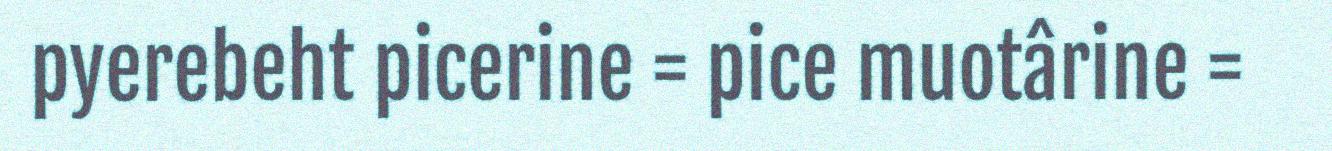
pyerebeht picerine = pice muotârine =